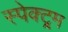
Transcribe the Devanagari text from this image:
स्पेक्ट्र्म